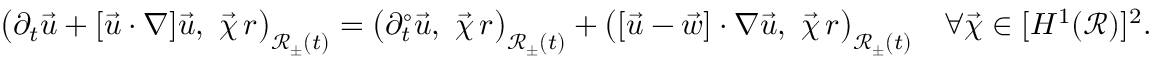
\bigl ( \partial _ { t } \vec { u } + [ \vec { u } \cdot \nabla ] \vec { u } , ~ \vec { \chi } \, r \bigr ) _ { \mathscr { R } _ { \pm } ( t ) } = \bigl ( \partial _ { t } ^ { \circ } \vec { u } , ~ \vec { \chi } \, r \bigr ) _ { \mathscr { R } _ { \pm } ( t ) } + \bigl ( [ \vec { u } - \vec { w } ] \cdot \nabla \vec { u } , ~ \vec { \chi } \, r \bigr ) _ { \mathscr { R } _ { \pm } ( t ) } \quad \forall \vec { \chi } \in [ H ^ { 1 } ( \mathscr { R } ) ] ^ { 2 } .